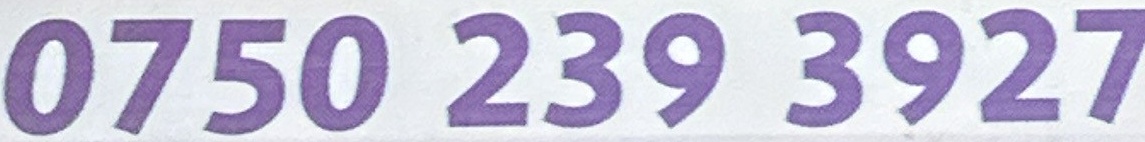
0750 239 3927